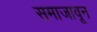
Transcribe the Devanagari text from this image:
समाजावून